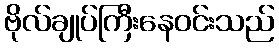
ဗိုလ်ချုပ်ကြီးနေဝင်းသည်